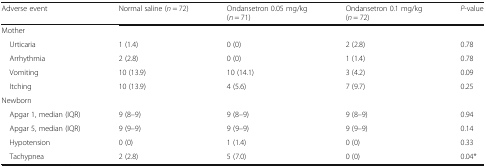
| Adverse event | Normal saline (n = 72) | Ondansetron 0.05 mg/kg(n = 71) | Ondansetron 0.1 mg/kg(n = 72) | P-value |
 | --- | --- | --- | --- | --- |
 | <COLSPAN=5> Mother |
 | Urticaria | 1 (1.4) | 0 (0) | 2 (2.8) | 0.78 |
 | Arrhythmia | 2 (2.8) | 0 (0) | 1 (1.4) | 0.78 |
 | Vomiting | 10 (13.9) | 10 (14.1) | 3 (4.2) | 0.09 |
 | Itching | 10 (13.9) | 4 (5.6) | 7 (9.7) | 0.25 |
 | <COLSPAN=5> Newborn |
 | Apgar 1, median (IQR) | 9 (8–9) | 9 (8–9) | 9 (8–9) | 0.94 |
 | Apgar 5, median (IQR) | 9 (9–9) | 9 (9–9) | 9 (9–9) | 0.14 |
 | Hypotension | 0 (0) | 1 (1.4) | 0 (0) | 0.33 |
 | Tachypnea | 2 (2.8) | 5 (7.0) | 0 (0) | 0.04* |